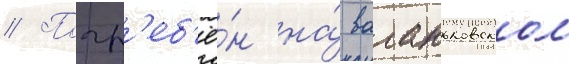
// Погр'еб'ё́н на́ ваганьковском